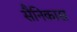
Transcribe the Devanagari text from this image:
सैनिकास